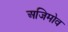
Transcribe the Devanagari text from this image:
अजिमोव